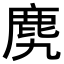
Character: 𪊌